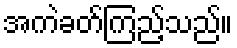
အကဲခတ်ကြည့်သည်။